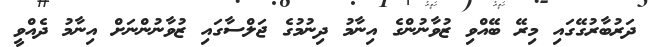
ދަރުބާރުގޭގައި މިރޭ ބޭއްވި ޒުވާނުންގެ އިނާމު ދިނުމުގެ ޖަލްސާގައި ޒުވާނުންނަށް އިނާމު ދެއްވީ